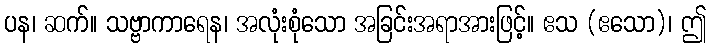
ပန၊ ဆက်။ သဗ္ဗာကာရေန၊ အလုံးစုံသော အခြင်းအရာအားဖြင့်။ ဧသ (ဧသော)၊ ဤ